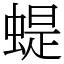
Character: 蝭